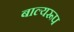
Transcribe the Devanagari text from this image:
बाल्यरूप